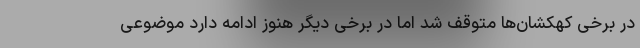
در برخی کهکشان‌ها متوقف شد اما در برخی دیگر هنوز ادامه دارد موضوعی